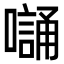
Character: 𭋭